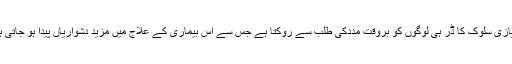
امتیازی سلوک کا ڈر ہی لوگوں کو بروقت مددکی طلب سے روکتا ہے جس سے اس بیماری کے علاج میں مزید دشواریاں پیدا ہو جاتی ہیں۔